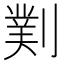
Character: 𫦖